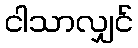
ငါသာလျှင်